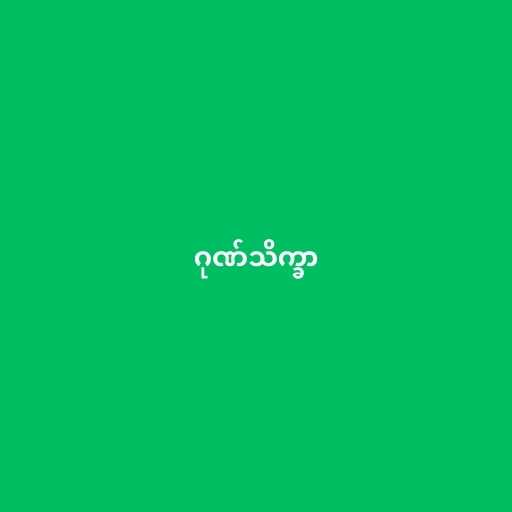
ဂုဏ်သိက္ခာ